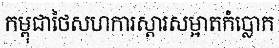
កម្ពុជាថៃសហការស្តារសម្អាតកំប្លោក